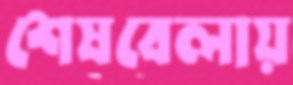
শেষবেলায়